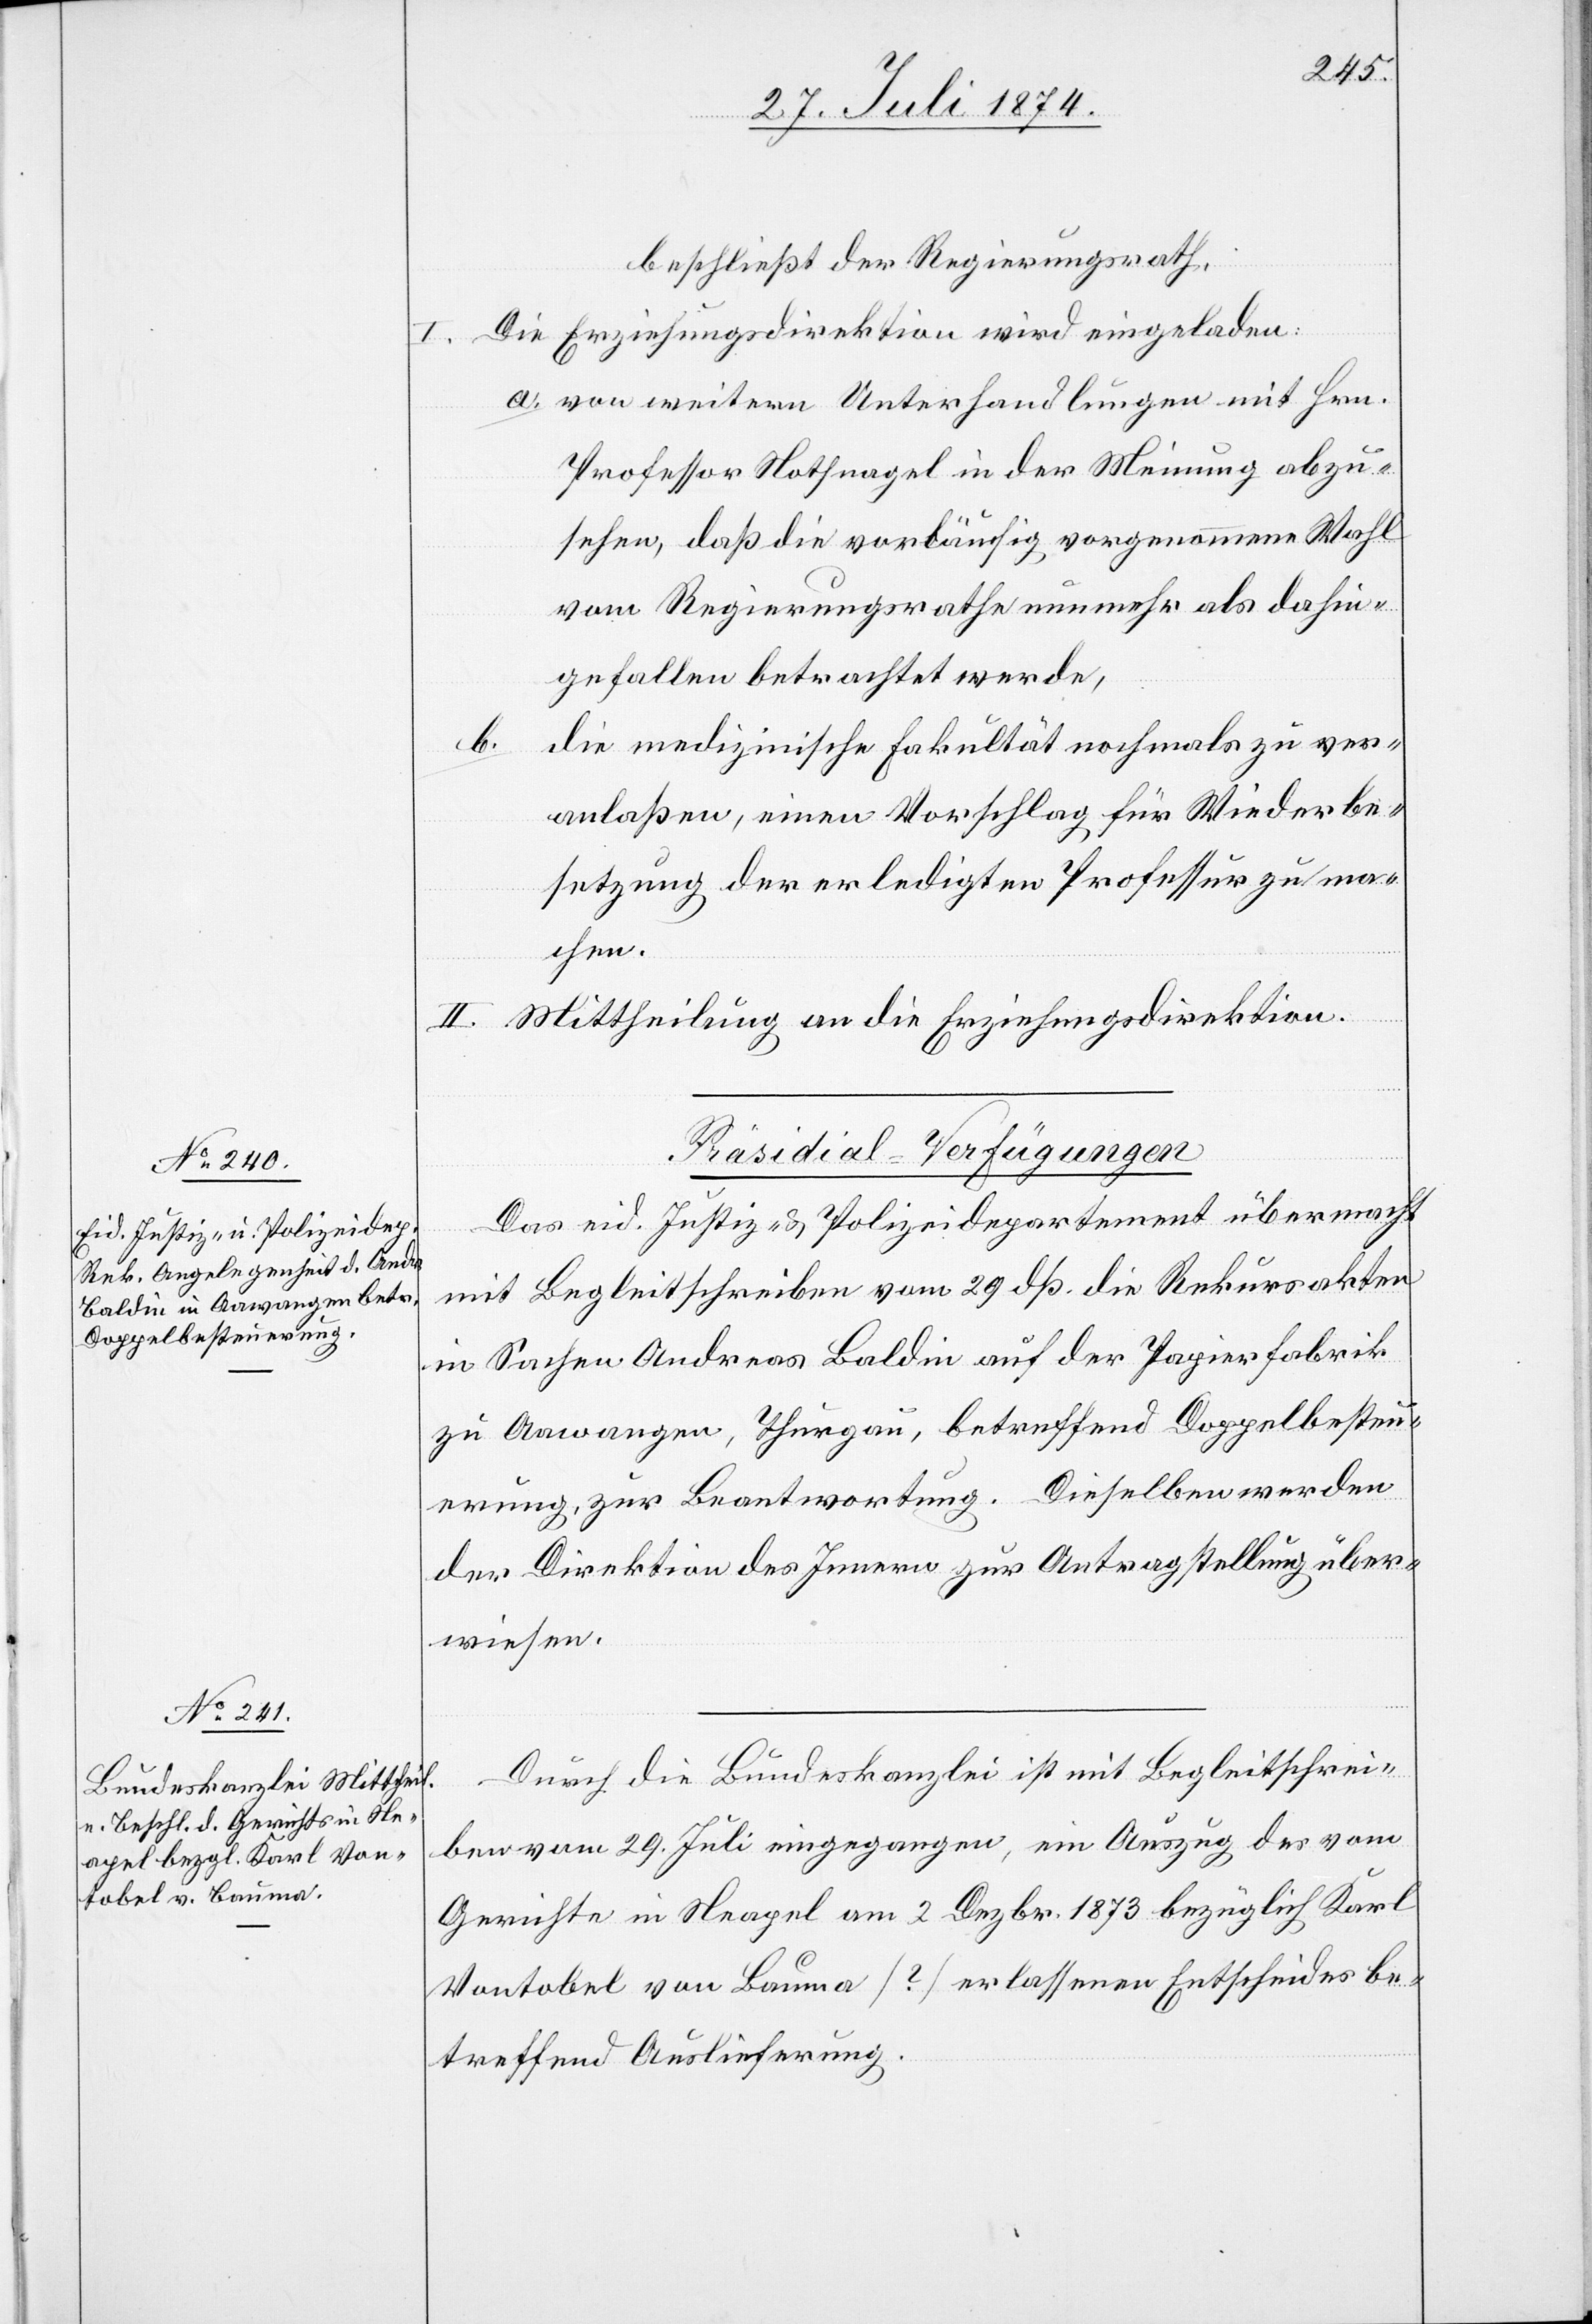
beschließt der Regierungsrath,
Die Erziehungsdirektion wird eingeladen:
a. von weitern Unterhandlungen mit Hrn.
Professor Nothnagel in Meinung abzu¬
sehen, daß die vorläufig vorgenommene Wahl
vom Regierungsrathe nunmehr als dahin¬
gefallen betrachtet werde,
b.
die medizinische Fakultät nochmals zu ver¬
anlaßen, einen Vorschlag für Wiederbe¬
setzung der erledigten Professur zu ma¬
chen.
II. Mittheilung an die Erziehungsdirektion.
[Präsidial-Verfügungen
Das eid. Justiz- u. Polizeidepartement übermacht
mit Begleitschreiben vom 29. dß. die Rekursakten
in Sachen Andreas Baldin auf der Papierfabrik
zu Aawangen, Thurgau, betreffend Doppelbesteu¬
erung, zur Beantwortung. Dieselben werden
der Direktion des Innern zur Antragstellung über¬
wiesen.
Durch die Bundeskanzlei ist mit Begleitschrei¬
30.
ben vom 29. Juli eingegangen, ein Auszug des vom
Gerichte in Neapel am 2. Dezbr. 1873 bezüglich Karl
Vontobel von Bauma [?] erlassenen Entscheides be¬
treffend Auslieferung.